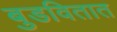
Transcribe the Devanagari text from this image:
बुडवितात